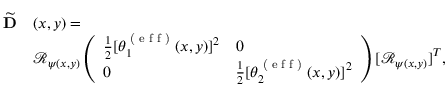
\begin{array} { r l } { \widetilde { \mathbf { D } } } & { ( x , y ) = } \\ & { \mathcal { R } _ { \psi ( x , y ) } \left( \begin{array} { l l } { \frac { 1 } { 2 } [ \theta _ { 1 } ^ { \textrm { ( e f f ) } } ( x , y ) ] ^ { 2 } } & { 0 } \\ { 0 } & { \frac { 1 } { 2 } [ \theta _ { 2 } ^ { \textrm { ( e f f ) } } ( x , y ) ] ^ { 2 } } \end{array} \right) [ \mathcal { R } _ { \psi ( x , y ) } ] ^ { T } , } \end{array}